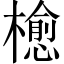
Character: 𣜴